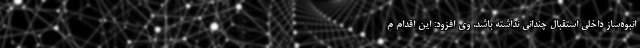
انبوه‌ساز داخلی استقبال چندانی نداشته باشد. وی افزود: این اقدام م